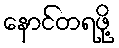
နောင်တရဖို့